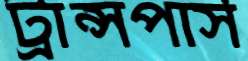
ট্রান্সপার্স